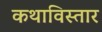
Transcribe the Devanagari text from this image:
कथाविस्तार